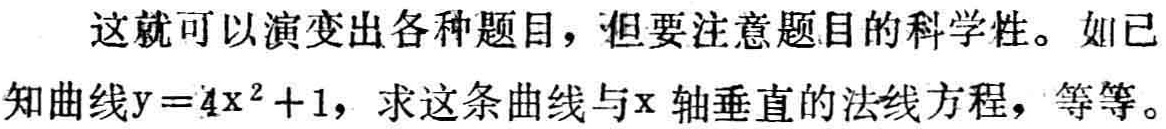
这就可以演变出各种题目，但要注意题目的科学性。如已知曲线\(y = 4x^{2}+1\)，求这条曲线与\(x\)轴垂直的法线方程，等等。